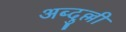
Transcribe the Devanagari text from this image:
अब्दुल्ली